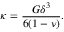
\kappa = \frac { G \delta ^ { 3 } } { 6 ( 1 - \nu ) } .